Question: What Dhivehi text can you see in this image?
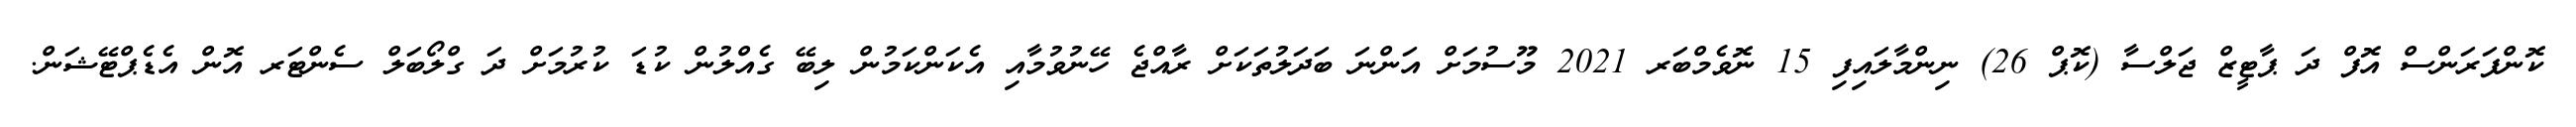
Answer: ކޮންފަރަންސް އޮފް ދަ ޕާޓީޒް ޖަލްސާ (ކޮޕް 26) ނިންމާލައިފި 15 ނޮވެމްބަރ 2021 މޫސުމަށް އަންނަ ބަދަލުތަކަށް ރާއްޖެ ހޭނުވުމާއި އެކަންކަމުން ލިބޭ ގެއްލުން ކުޑަ ކުރުމަށް ދަ ގްލޯބަލް ސެންޓަރ އޮން އެޑެޕްޓޭޝަން.